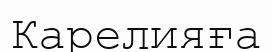
Карелияға